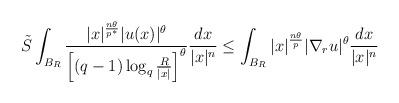
LaTeX: \begin{align*}\begin{aligned}\tilde{S} \int_{{B_{R}}}\frac{|x|^{\frac{n\theta}{p^{*}}}|u(x)|^{{\theta}} } {\left[(q-1)\log_{q}\frac{R}{|x|}\right]^{\theta} } \frac{dx}{|x|^{{n}}}\le \int_{{B_{R}}} |x|^{\frac{n\theta}{p}} |\nabla_r u|^{\theta} \frac{dx}{|x|^{{n}}}\end{aligned}\end{align*}